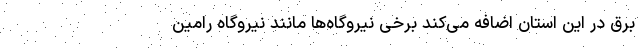
برق در این استان اضافه می‌کند برخی نیروگاه‌ها مانند نیروگاه رامین